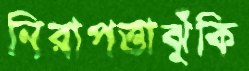
নিরাপত্তাঝুঁকি